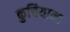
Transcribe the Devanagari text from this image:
कुचियाना